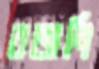
রজনি